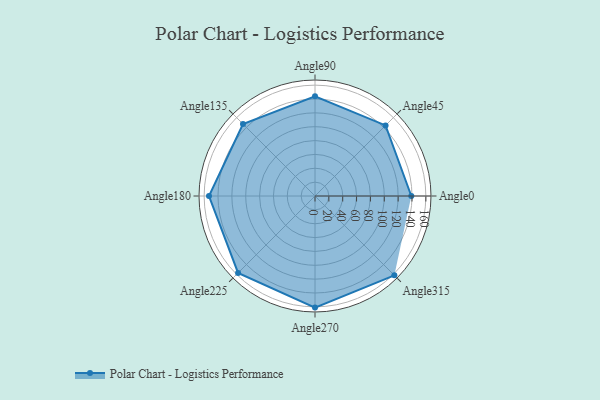
{"axis": {"x": "Angle", "y": "Radius"}, "legend": [""], "data": [{"x": "Angle0", "y": 139.0, "type": ""}, {"x": "Angle45", "y": 144.0, "type": ""}, {"x": "Angle90", "y": 144.0, "type": ""}, {"x": "Angle135", "y": 147.0, "type": ""}, {"x": "Angle180", "y": 153.0, "type": ""}, {"x": "Angle225", "y": 157.0, "type": ""}, {"x": "Angle270", "y": 161.0, "type": ""}, {"x": "Angle315", "y": 162.0, "type": ""}]}